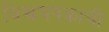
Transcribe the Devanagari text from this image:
विश्वचषकाची